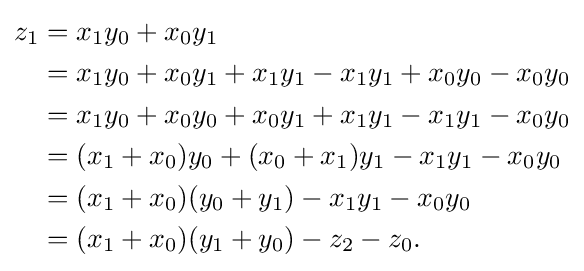
{\begin{aligned}z_{1}&=x_{1}y_{0}+x_{0}y_{1}\\&=x_{1}y_{0}+x_{0}y_{1}+x_{1}y_{1}-x_{1}y_{1}+x_{0}y_{0}-x_{0}y_{0}\\&=x_{1}y_{0}+x_{0}y_{0}+x_{0}y_{1}+x_{1}y_{1}-x_{1}y_{1}-x_{0}y_{0}\\&=(x_{1}+x_{0})y_{0}+(x_{0}+x_{1})y_{1}-x_{1}y_{1}-x_{0}y_{0}\\&=(x_{1}+x_{0})(y_{0}+y_{1})-x_{1}y_{1}-x_{0}y_{0}\\&=(x_{1}+x_{0})(y_{1}+y_{0})-z_{2}-z_{0}.\\\end{aligned}}